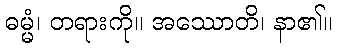
ဓမ္မံ၊ တရားကို။ အဿောတိ၊ နာ၏။